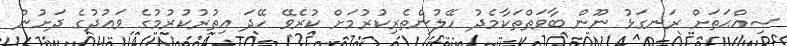
ސިއްޙަތަށް ރަނގަޅު ނޫން ބާވަތްތަކާމެދު ހޭލުންތެރިކުރުމަށް ކުރެވޭ ހޭދަ އިތުރުކުރުމުގެ ވަޢުދުގެ ދަށުން